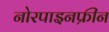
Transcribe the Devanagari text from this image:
नोरपाइनफ्रीन